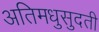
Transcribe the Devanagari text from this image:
अतिमधुसुदती